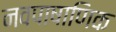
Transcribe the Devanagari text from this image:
नवपाषाणिक